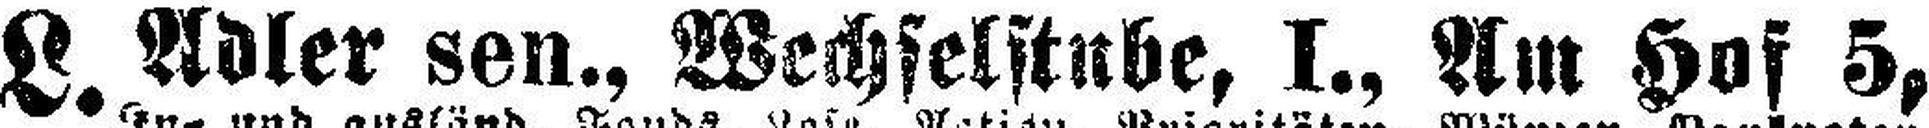
L. Adler sen., Wechselstube, I., Am Hof 5,